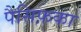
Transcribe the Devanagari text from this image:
पैसिफ़का